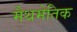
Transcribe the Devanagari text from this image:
मैथमेतिक